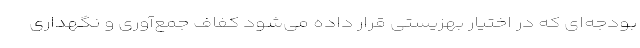
بودجه‌ای که در اختیار بهزیستی قرار داده می‌شود کفاف جمع‌آوری و نگهداری